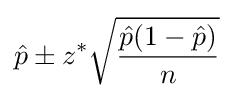
{\hat {p}}\pm z^{*}{\sqrt {\frac {{\hat {p}}(1-{\hat {p}})}{n}}}